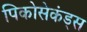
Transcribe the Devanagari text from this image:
पिकोसेकंड्स